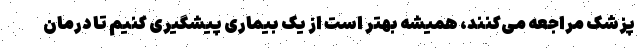
پزشک مراجعه می‌کنند، همیشه بهتر است از یک بیماری پیشگیری کنیم تا درمان